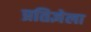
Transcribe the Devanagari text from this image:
प्रतिज्ञेला